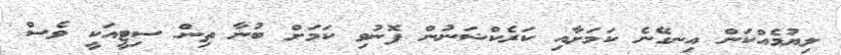
ލިޔުމެއްކަން އިނގޭނެ ކަމަށާއި ކަރެކްޝަނުން ފޮނުވި ކަމަށް ބުނާ ތިން ސިޓީއަކީ ވެސް